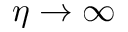
\eta \rightarrow \infty